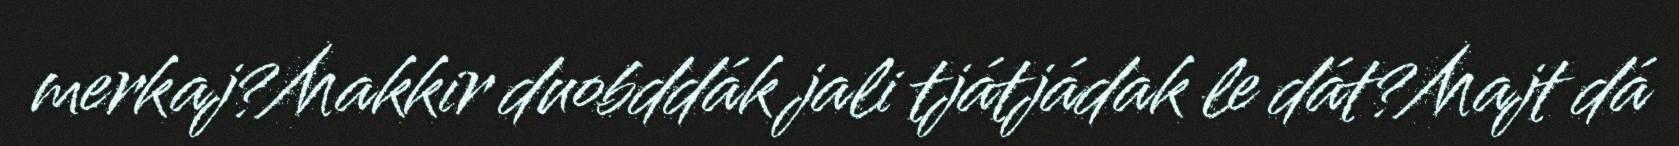
merkaj?Makkir duobddák jali tjátjádak le dát?Majt dá